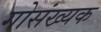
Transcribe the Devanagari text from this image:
गोसंख्यक